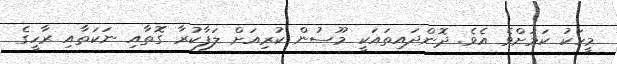
މީހަކު ކަމަށްވެ އެވެ. ދޮންދައިތައަކީ މޫސުން ކުރިއަށް ލަފާކުރާ ގޮތާއި ނަކަތާއި ރާހީގެ